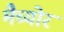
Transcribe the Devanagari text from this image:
मैच्योर